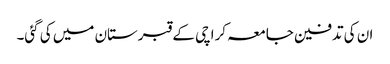
ان کی تدفین جامعہ کراچی کے قبرستان میں کی گئی۔